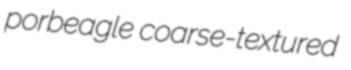
porbeagle coarse-textured